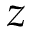
z